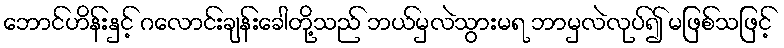
ဘောင်ဟိန်းနှင့် ဂလောင်းချန်းခေါတို့သည် ဘယ်မှလဲသွားမရ ဘာမှလဲလုပ်၍ မဖြစ်သဖြင့်